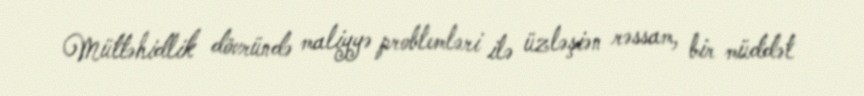
Müttəhidlik dövründə maliyyə problemləri ilə üzləşiən rəssam, bir müddət